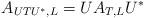
LaTeX: \begin{align*}A_{UTU^*,L} = UA_{T,L}U^* \end{align*}